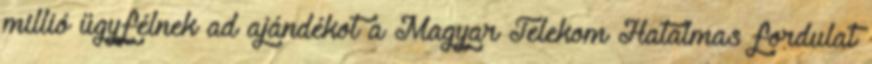
millió ügyfélnek ad ajándékot a Magyar Telekom Hatalmas fordulat